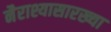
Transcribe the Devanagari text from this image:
नैराश्यासारख्या